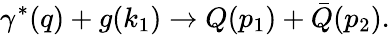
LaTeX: \gamma^{\ast}(q)+g(k_{1})\rightarrow Q(p_{1})+\bar{Q}(p_{2}).